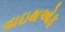
વાઇથઓફ